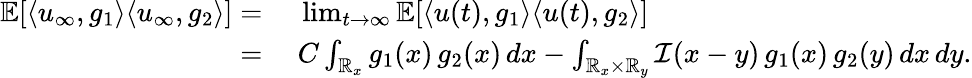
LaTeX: \begin{array}{rl}{\mathbb{E}[\langle u_{\infty},g_{1}\rangle{\langle u_{\infty},g_{2}\rangle}]=}&{\ \operatorname*{lim}_{t\rightarrow\infty}\mathbb{E}[\langle u(t),g_{1}\rangle{\langle u(t),g_{2}\rangle}]}\\ {=}&{\ C\int_{\mathbb R_{x}}g_{1}(x)\, g_{2}(x)\, dx-\int_{\mathbb R_{x}\times\mathbb R_{y}}\mathcal{I}(x-y)\, g_{1}(x)\, g_{2}(y)\, dx\, dy.}\end{array}